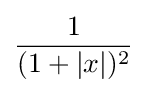
{\frac {1}{(1+|x|)^{2}}}